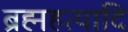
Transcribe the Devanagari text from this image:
ब्रह्महत्यादि